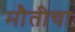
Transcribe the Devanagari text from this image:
मौतीचा